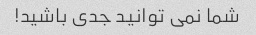
شما نمی توانید جدی باشید!